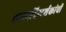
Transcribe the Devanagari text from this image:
छायादिग्दर्शकांची